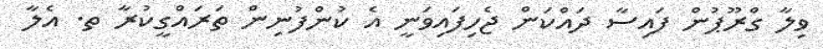
ވިލާ ގްރޫޕުން ފައިސާ ދައްކަން ޖެހިފައިވަނީ އެ ކުންފުނިން ތަރައްގީކުރާ ތ. އެލާ